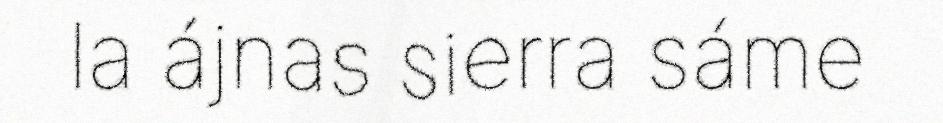
la ájnas sierra sáme